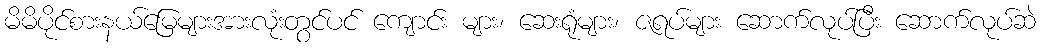
မိမိပိုင်စားနယ်မြေများအားလုံးတွင်ပင် ကျောင်း များ၊ ဆေးရုံများ၊ ဇရပ်များ ဆောက်လုပ်ပြီး ဆောက်လုပ်ဆဲ